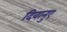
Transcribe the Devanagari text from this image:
दिवानुए